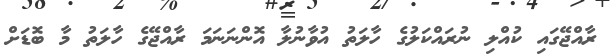
ރާއްޖޭގައި ކުއްލި ނުރައްކަލުގެ ހާލަތު އުވާނުލާ އޮންނަނަމަ ރާއްޖޭގެ ހާލަތު މާ ބޮޑަށް